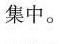
集中。